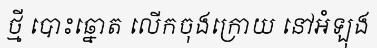
ថ្មី បោះឆ្នោត លើកចុងក្រោយ នៅអំឡុង